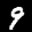
Label: 9